FBI September 2023 Sighting - Serial 4
Agency: FBI
Incident date: 9/1/23
Incident location: United States
Page 2
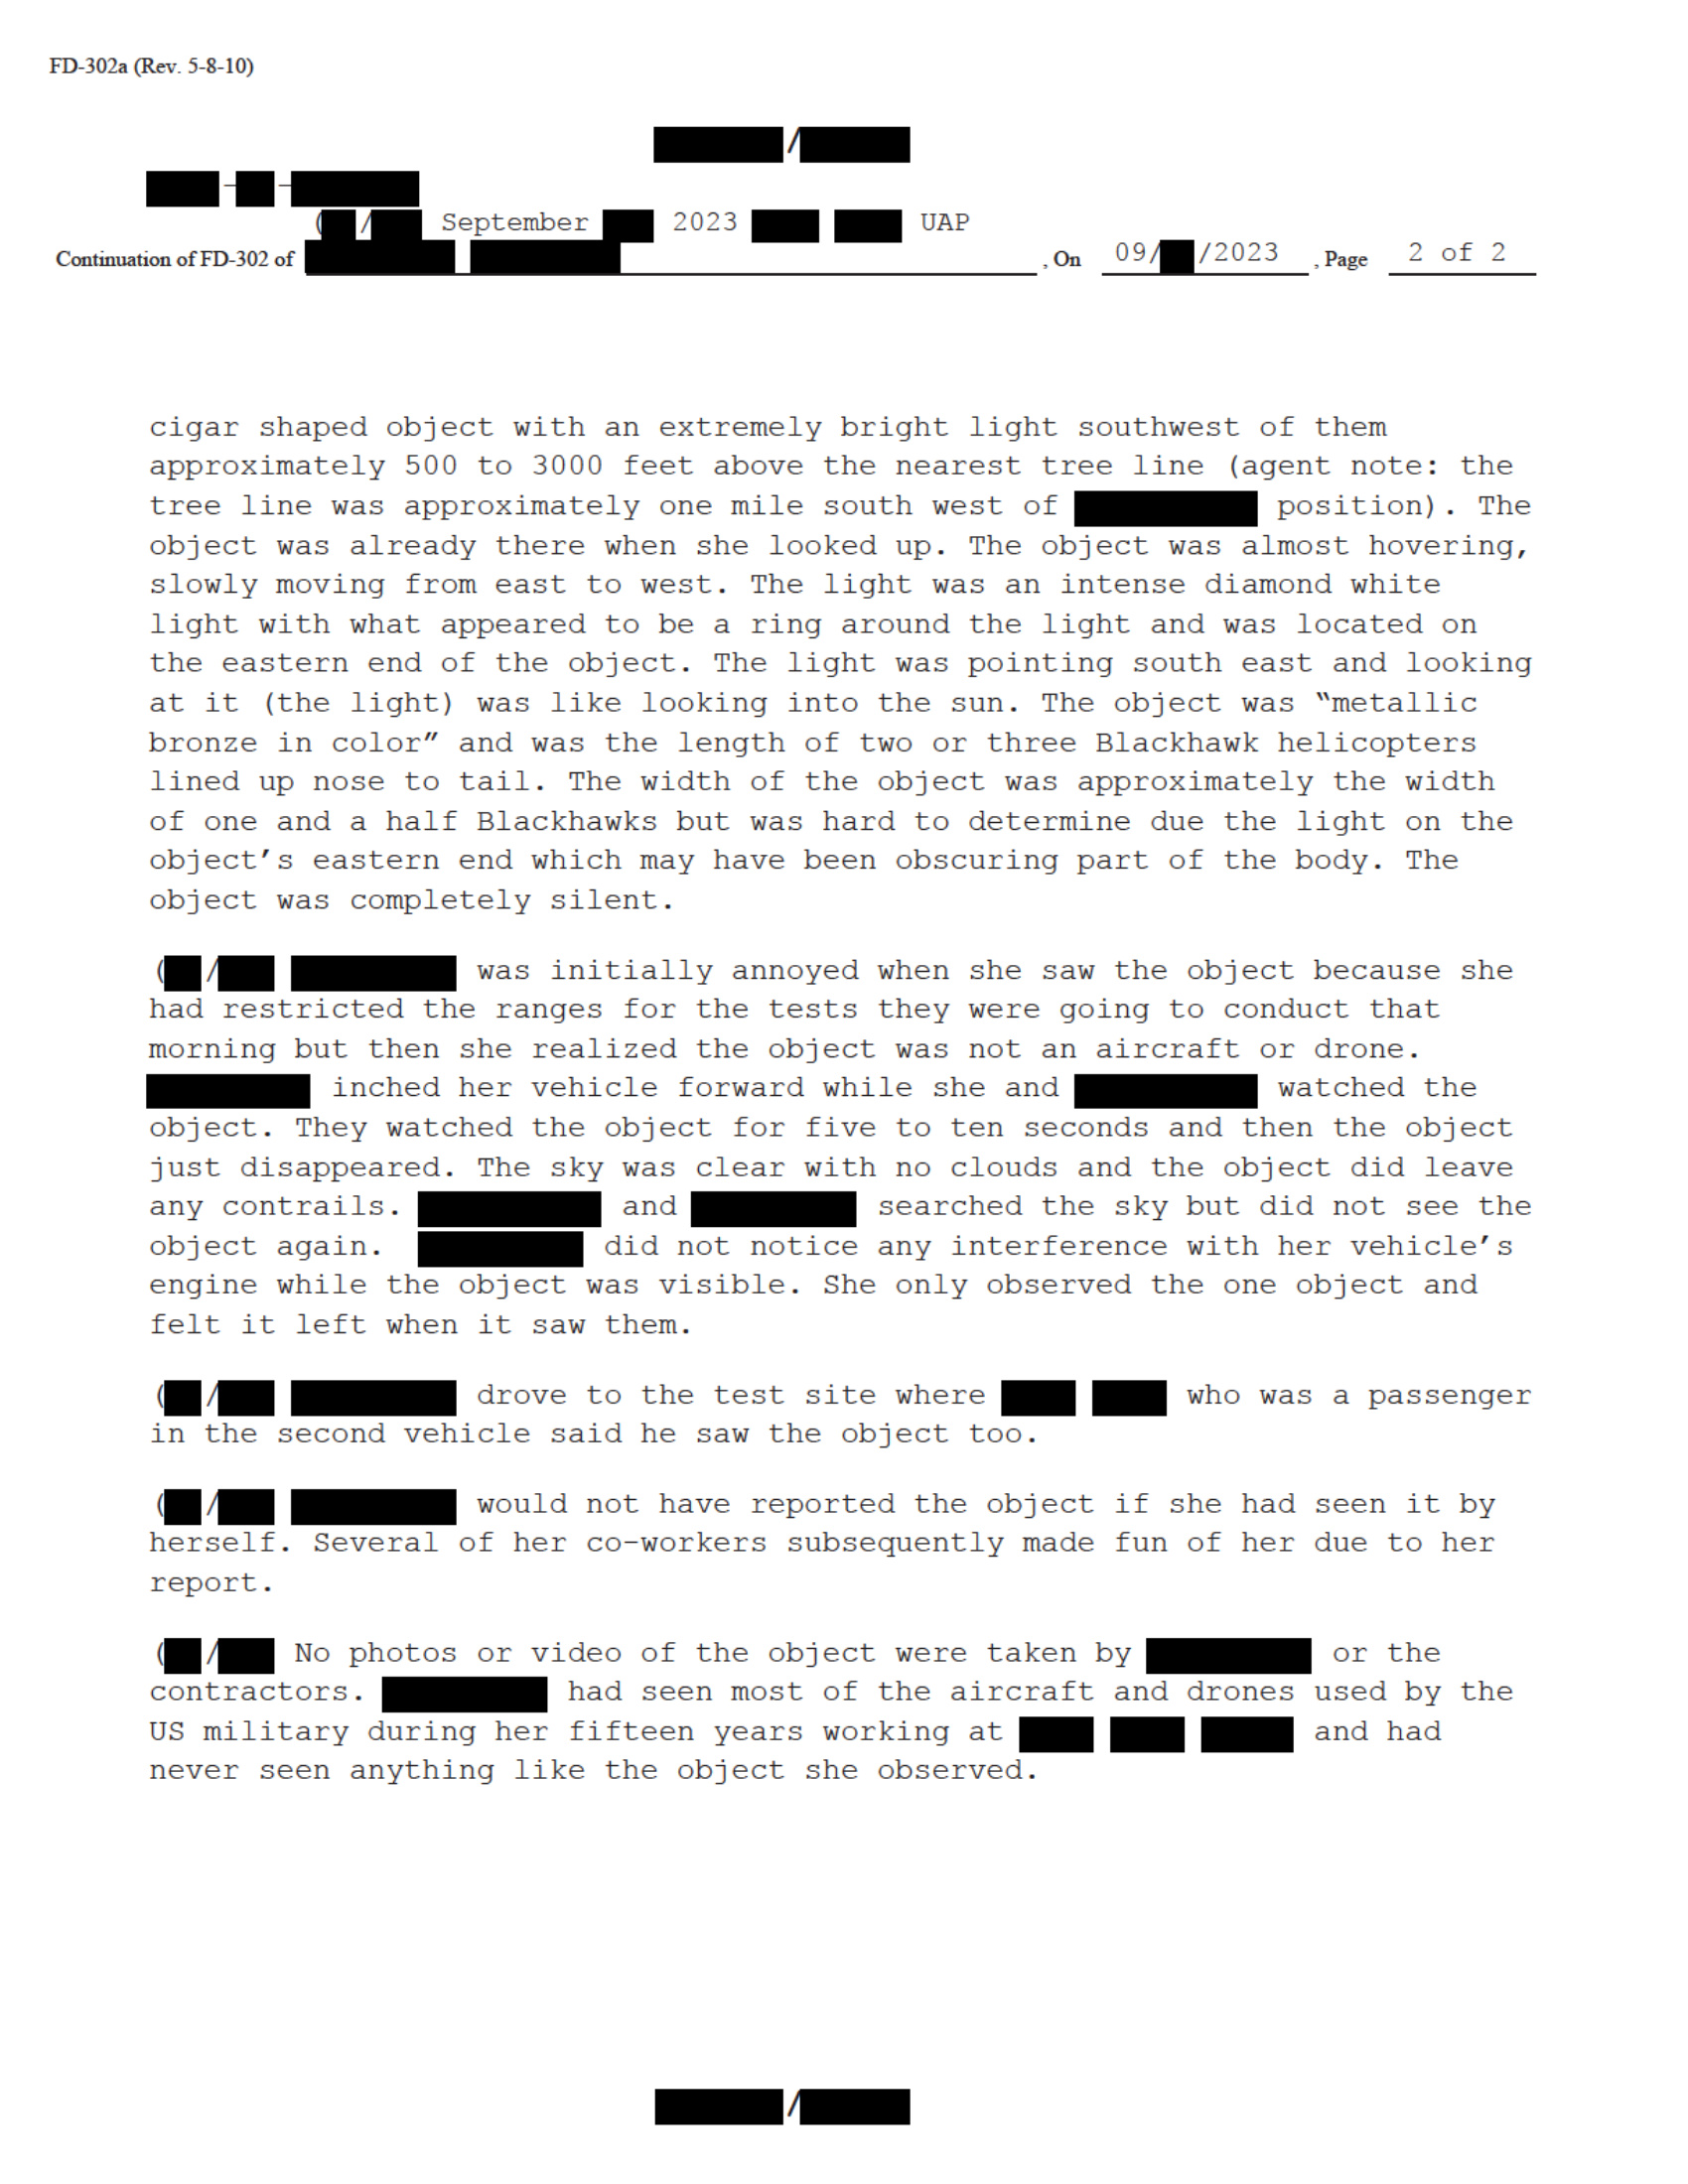